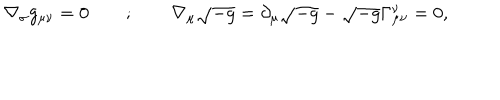
\nabla _ { \sigma } g _ { \mu \nu } = 0 ; \nabla _ { \mu } \sqrt { - g } = \partial _ { \mu } \sqrt { - g } - \sqrt { - g } \Gamma _ { \mu \nu } ^ { \nu } = 0 ,